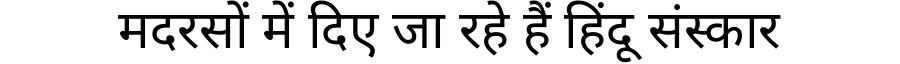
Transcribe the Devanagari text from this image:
मदरसों में दिए जा रहे हैं हिंदू संस्कार